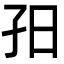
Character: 𡥌